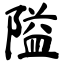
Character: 隘